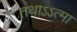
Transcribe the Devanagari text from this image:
तथाऽऽत्मा